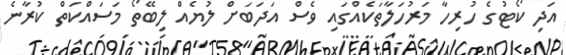
އަދި ކޯޓުގެ ހުރިހާ މަރުހަލާތަކެއްގައި ވެސް އަދަބަށް ލުޔެއް ލިބޭތޯ މަސައްކަތް ކުރާނެ